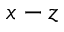
x - z